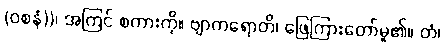
(ဝစနံ))၊ အကြင် စကားကို။ ဗျာကရောတိ၊ ဖြေကြားတော်မူ၏။ တံ၊